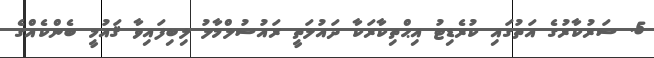
5. ސަރުކާރުގެ އަތުގައި ކުރެޑިޓު އިޙްތިކާރަކާ ދައުލަތީ ރައުސުލްމާލު ލިބިފައިވާ ޤައުމީ ބެންކެއްގެ